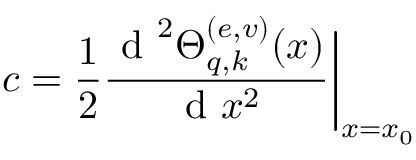
c = \frac { 1 } { 2 } \frac { \mathrm { ~ d ~ } ^ { 2 } \Theta _ { q , k } ^ { ( e , v ) } ( x ) } { \mathrm { ~ d ~ } x ^ { 2 } } \bigg | _ { x = x _ { 0 } }